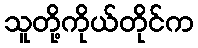
သူတို့ကိုယ်တိုင်က